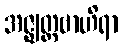
အဇ္ဈတ္တဗာဟိရာ